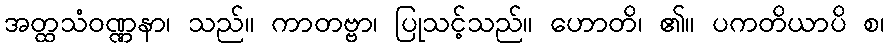
အတ္ထသံဝဏ္ဏနာ၊ သည်။ ကာတဗ္ဗာ၊ ပြုသင့်သည်။ ဟောတိ၊ ၏။ ပကတိယာပိ စ၊